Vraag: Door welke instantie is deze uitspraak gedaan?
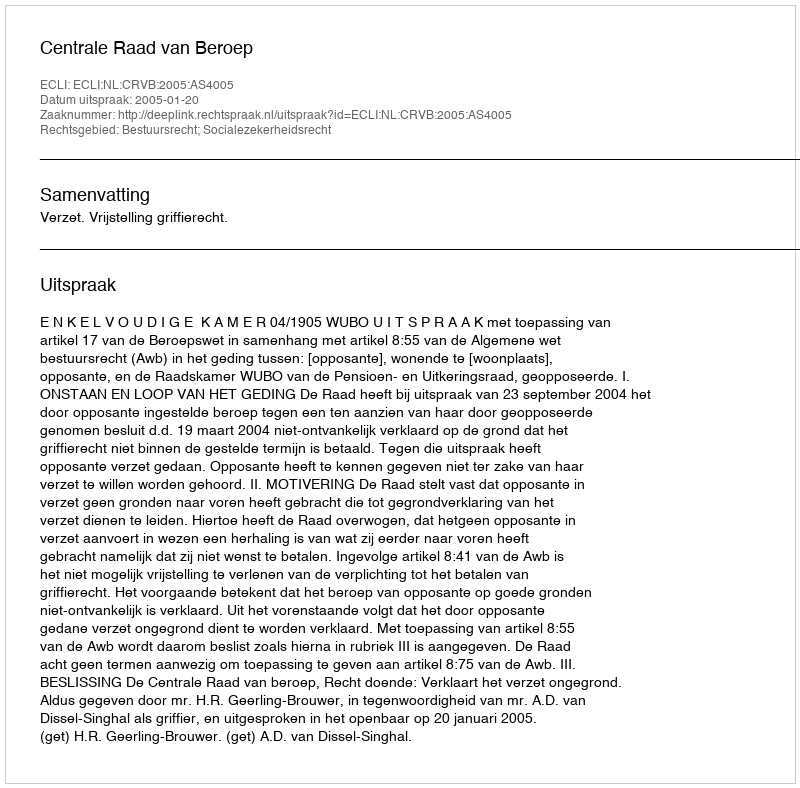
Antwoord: Centrale Raad van Beroep